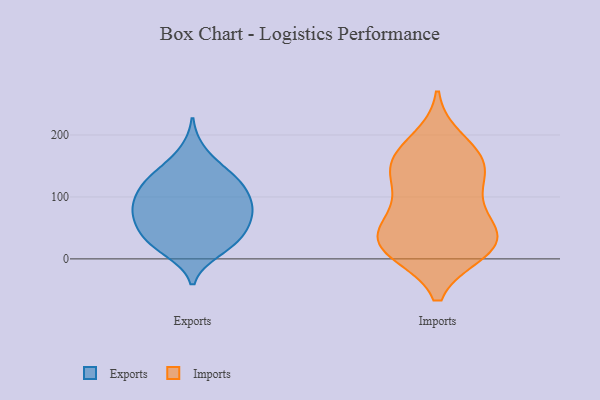
{"axis": {"x": "Market Share (%)", "y": "Value"}, "legend": ["Exports", "Imports"], "data": [{"x": "", "y": 68, "type": "Exports"}, {"x": "", "y": 135, "type": "Exports"}, {"x": "", "y": 93, "type": "Exports"}, {"x": "", "y": 63, "type": "Exports"}, {"x": "", "y": 90, "type": "Exports"}, {"x": "", "y": 68, "type": "Exports"}, {"x": "", "y": 142, "type": "Exports"}, {"x": "", "y": 31, "type": "Exports"}, {"x": "", "y": 133, "type": "Exports"}, {"x": "", "y": 12, "type": "Exports"}, {"x": "", "y": 77, "type": "Exports"}, {"x": "", "y": 14, "type": "Exports"}, {"x": "", "y": 113, "type": "Exports"}, {"x": "", "y": 110, "type": "Exports"}, {"x": "", "y": 119, "type": "Exports"}, {"x": "", "y": 31, "type": "Exports"}, {"x": "", "y": 84, "type": "Exports"}, {"x": "", "y": 40, "type": "Exports"}, {"x": "", "y": 174, "type": "Exports"}, {"x": "", "y": 43, "type": "Exports"}, {"x": "", "y": 24, "type": "Imports"}, {"x": "", "y": 165, "type": "Imports"}, {"x": "", "y": 125, "type": "Imports"}, {"x": "", "y": 42, "type": "Imports"}, {"x": "", "y": 31, "type": "Imports"}, {"x": "", "y": 13, "type": "Imports"}, {"x": "", "y": 12, "type": "Imports"}, {"x": "", "y": 149, "type": "Imports"}, {"x": "", "y": 86, "type": "Imports"}, {"x": "", "y": 159, "type": "Imports"}, {"x": "", "y": 191, "type": "Imports"}, {"x": "", "y": 146, "type": "Imports"}, {"x": "", "y": 85, "type": "Imports"}, {"x": "", "y": 44, "type": "Imports"}, {"x": "", "y": 19, "type": "Imports"}]}